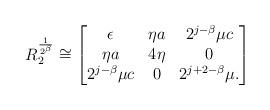
LaTeX: \begin{align*}R_2^\frac{1}{2^{\beta}}\cong\begin{bmatrix}\epsilon & \eta a & 2^{j-\beta}\mu c\\ \eta a & 4\eta & 0\\ 2^{j-\beta}\mu c & 0 & 2^{j+2-\beta}\mu. \end{bmatrix}\end{align*}